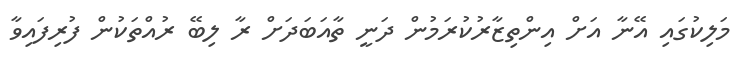
މަލިކުގައި އޭނާ އަށް އިންތިޒާރުކުރަމުން ދަނީ ތާއަބަދަށް ރާ ލިބޭ ރުއްތަކުން ފުރިފައިވާ